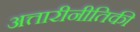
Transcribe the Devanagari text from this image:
अत्तारीनीतिकी